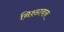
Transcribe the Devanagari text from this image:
निश्ठावान